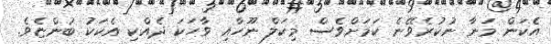
އެކަން މަނާ ނުކުރެވޭނެ ކަމަށްވެސް މިކަލް ނޫހާއި ވާހަކަ ދެއްކި އެކަކު ބުންޏެވެ.